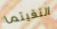
التقيتما